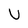
Character: U